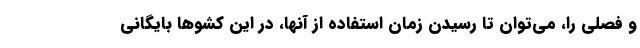
و فصلی را، می‌توان تا رسیدن زمان استفاده از آنها، در این کشوها بایگانی